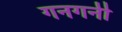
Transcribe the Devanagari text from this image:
गनगनी